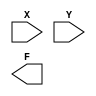
`timescale 1ns / 1ps
//////////////////////////////////////////////////////////////////////////////////
// Company: 
// Engineer: 
// 
// Design Name: 
// Module Name: switch2
// Project Name: 
// Target Devices: 
// Tool Versions: 
// Description: 
// 
// Dependencies: 
// 
// Revision:
// Revision 0.01 - File Created
// Additional Comments:
// 
//////////////////////////////////////////////////////////////////////////////////


module switch2(
    input X,
    input Y,
    output F
    );
endmodule